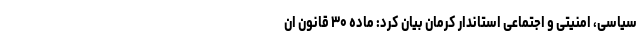
سیاسی، امنیتی و اجتماعی استاندار کرمان بیان کرد: ماده ۳۰ قانون ان